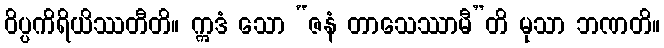
ဝိပ္ပကိရိယိဿတီတိ။ ဣဒံ သော “ဇနံ တာသေဿာမီ”တိ မုသာ ဘဏတိ။